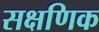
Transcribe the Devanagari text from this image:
सक्षणिक